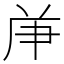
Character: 𠩖